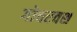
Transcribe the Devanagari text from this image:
गोचरवश